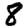
Digit: 8